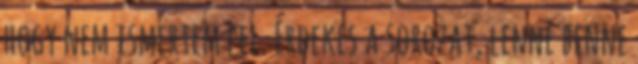
hogy nem ismertem fel. Érdekes a sorozat, lenne benne